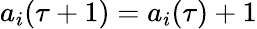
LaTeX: a_{i}(\tau+1)=a_{i}(\tau)+1